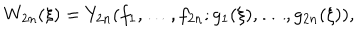
W _ { 2 n } ( \xi ) = Y _ { 2 n } ( f _ { 1 } , \ldots , f _ { 2 n } ; g _ { 1 } ( \xi ) , \ldots , g _ { 2 n } ( \xi ) ) ,